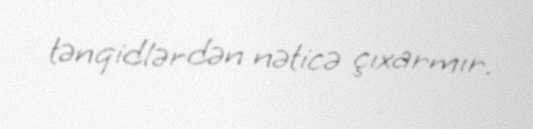
tənqidlərdən nəticə çıxarmır.